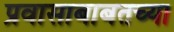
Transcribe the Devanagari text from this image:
प्रवासाबाबतच्या